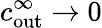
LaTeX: c_{\mathrm{out}}^{\infty}\to 0